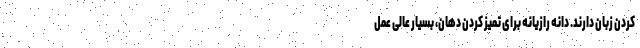
کردن زبان دارند. دانه رازیانه برای تمیز کردن دهان، بسیار عالی عمل